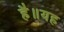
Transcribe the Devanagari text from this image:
है॥यह